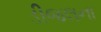
ડીજલના